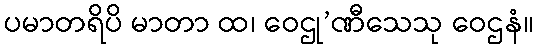
ပမာတရိပိ မာတာ ထ၊ ဝေဌု’ဏီသေသု ဝေဌနံ။